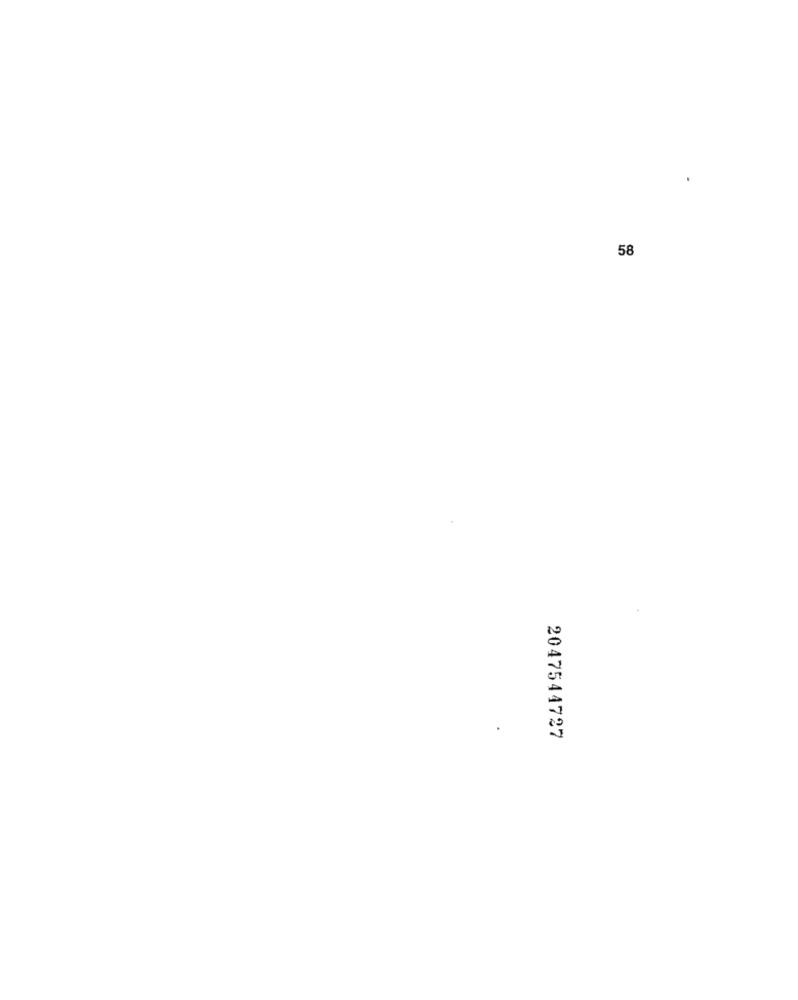
58
2047544727